Civil Veterinary Department Bihar reports 1940-50 - 1940-1950
Year: 1940
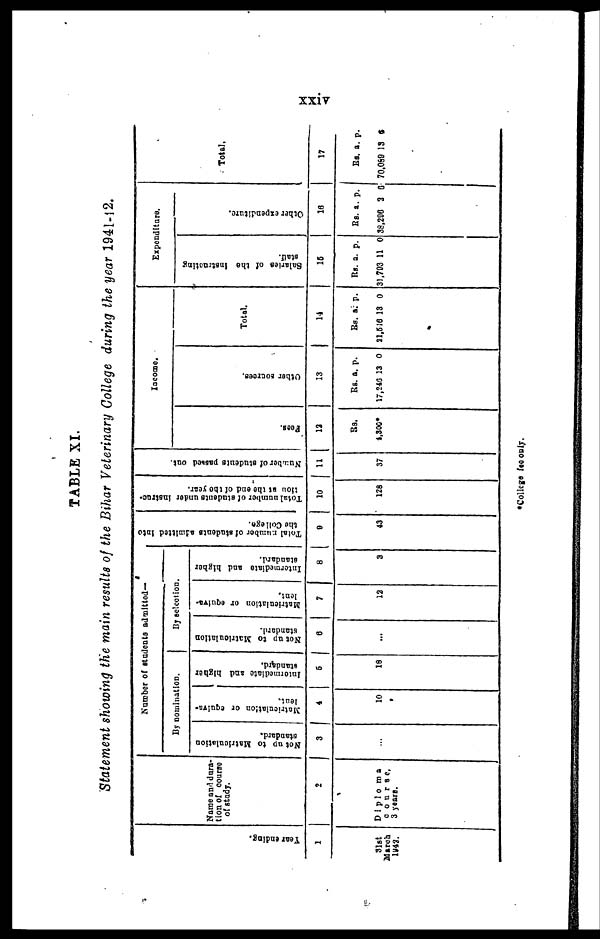
xxiv
TABLE XI.
Statement showing the main results of the Bihar Veterinary College during the year 1941-12.
Year ending.
1
31st
March
1942.
Name and dura-
tion of course
of study.
2
Diploma
course.
3 years.
Number of students admitted—
By nomination.
Not up to Matriculation
standerd.
3
...
Matriculation or equiva-
lent.
4
10
Intermediate and higher
standard.
5
18
By selection.
Not up to Matriculation
standerd.
6
...
Matriculation or equiva-
lent.
7
12
Intermediate and higher
standard.
8
3
Tot al number of students admitted into
t he Col l ege.
9
43
Tot al number of students under i nst r ac-
tion
at
the
end
of
the
year.
10
128
Nu mb e r of students passed out.
11
37
Income.
Fees.
12
Rs.
4,300*
Other sources.
13
Rs.
17,246
a.
13
p.
0
Total.
14
Rs.
21,616
a.
13
p.
0
Expenditure.
Salaries of the instructing
stall.
15
Rs.
31,703
a.
11
p.
0
Ot her expenditure.
16
Rs.
38,200
a.
3
p.
0
Total.
17
Rs.
70,089
a.
13
p.
5
*College fee only.